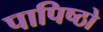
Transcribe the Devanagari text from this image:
पापिष्ठो